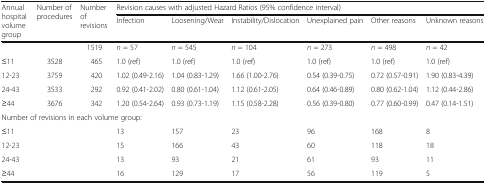
<table><thead><tr><td rowspan="2"><b>Annual hospital volume group</b></td><td rowspan="2"><b>Number of procedures</b></td><td rowspan="2"><b>Number of revisions</b></td><td colspan="6"><b>Revision causes with adjusted Hazard Ratios (95% confidence interval)</b></td></tr><tr><td><b>Infection</b></td><td><b>Loosening/Wear</b></td><td><b>Instability/Dislocation</b></td><td><b>Unexplained pain</b></td><td><b>Other reasons</b></td><td><b>Unknown reasons</b></td></tr></thead><tbody><tr><td></td><td></td><td>1519</td><td><i>n</i> = 57</td><td><i>n</i> = 545</td><td><i>n</i> = 104</td><td><i>n</i> = 273</td><td><i>n</i> = 498</td><td><i>n</i> = 42</td></tr><tr><td>≤11</td><td>3528</td><td>465</td><td>1.0 (ref)</td><td>1.0 (ref)</td><td>1.0 (ref)</td><td>1.0 (ref)</td><td>1.0 (ref)</td><td>1.0 (ref)</td></tr><tr><td>12-23</td><td>3759</td><td>420</td><td>1.02 (0.49-2.16)</td><td>1.04 (0.83-1.29)</td><td>1.66 (1.00-2.76)</td><td>0.54 (0.39-0.75)</td><td>0.72 (0.57-0.91)</td><td>1.90 (0.83-4.39)</td></tr><tr><td>24-43</td><td>3533</td><td>292</td><td>0.92 (0.41-2.02)</td><td>0.80 (0.61-1.04)</td><td>1.12 (0.61-2.05)</td><td>0.64 (0.46-0.89)</td><td>0.80 (0.62-1.04)</td><td>1.12 (0.44-2.86)</td></tr><tr><td>≥44</td><td>3676</td><td>342</td><td>1.20 (0.54-2.64)</td><td>0.93 (0.73-1.19)</td><td>1.15 (0.58-2.28)</td><td>0.56 (0.39-0.80)</td><td>0.77 (0.60-0.99)</td><td>0.47 (0.14-1.51)</td></tr><tr><td colspan="9">Number of revisions in each volume group:</td></tr><tr><td>≤11</td><td></td><td></td><td>13</td><td>157</td><td>23</td><td>96</td><td>168</td><td>8</td></tr><tr><td>12-23</td><td></td><td></td><td>15</td><td>166</td><td>43</td><td>60</td><td>118</td><td>18</td></tr><tr><td>24-43</td><td></td><td></td><td>13</td><td>93</td><td>21</td><td>61</td><td>93</td><td>11</td></tr><tr><td>≥44</td><td></td><td></td><td>16</td><td>129</td><td>17</td><td>56</td><td>119</td><td>5</td></tr></tbody></table>